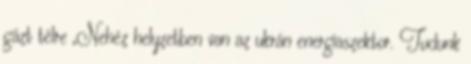
gázt télre „Nehéz helyzetben van az ukrán energiaszektor. Tudunk